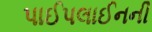
પાઈપલાઈનની